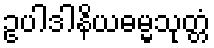
ဥပါဒါနိယဓမ္မသုတ္တံ